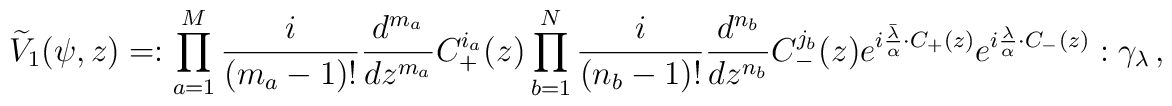
\widetilde V_1(\psi,z)=:\prod_{a=1}^M{i\over{(m_a-1)!}}{d^{m_a}\over{dz^{m_a}}}C_+^{i_a}(z)\prod_{b=1}^N{i\over{(n_b-1)!}}{d^{n_b}\over{dz^{n_b}}}C_-^{j_b}(z)e^{i{\bar\lambda\over\alpha}\cdot C_+(z)}e^{i{\lambda\over\alpha}\cdot C_-(z)}:\gamma_\lambda\,,